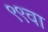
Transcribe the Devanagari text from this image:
९९वा